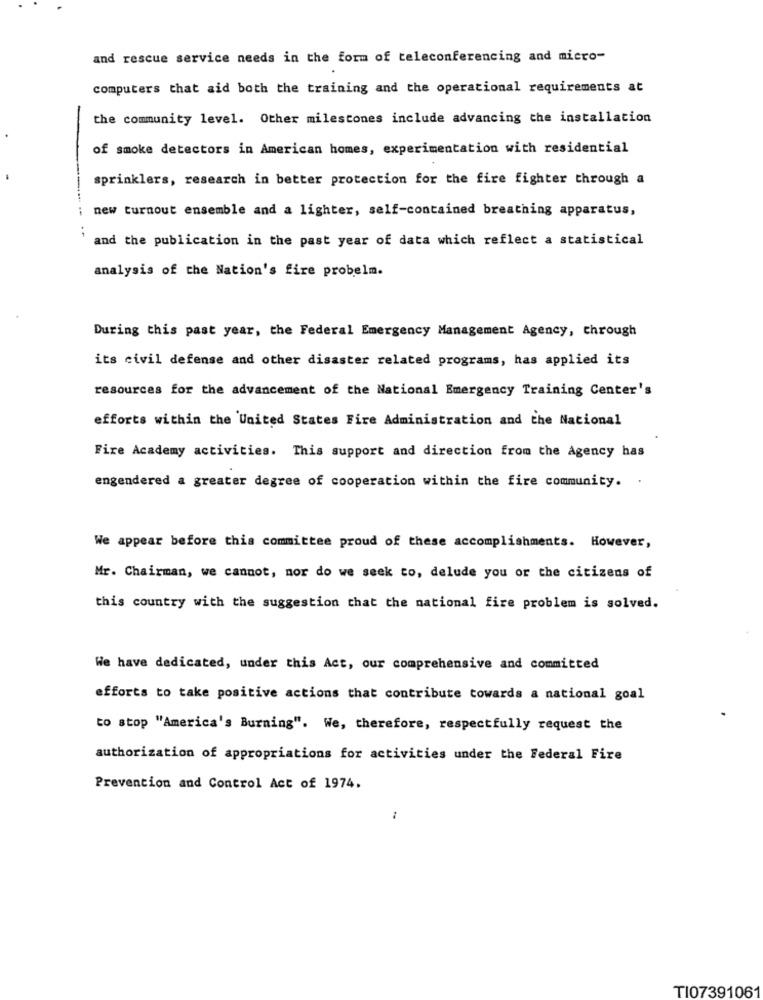
and rescue service needs in the form of teleconferencing and micro-
computers that aid both the training and the operational requirements at
the community level. Other milestones include advancing the installation
of smoke detectors in American homes, experimentation with residential
sprinklers, research in better protection for the fire fighter through a
new turnout ensemble and a lighter, self-contained breathing apparatus,
and the publication in the past year of data which reflect a statistical
analysis of the Nation's fire probelm.
During this past year, the Federal Emergency Management Agency, through
its civil defense and other disaster related programs, has applied its
resources for the advancement of the National Emergency Training Center's
efforts within the United States Fire Administration and the National
Fire Academy activities. This support and direction from the Agency has
engendered a greater degree of cooperation within the fire community. .
We appear before this committee proud of these accomplishments. However,
Mr. Chairman, we cannot, nor do we seek to, delude you or the citizens of
this country with the suggestion that the national fire problem is solved.
We have dedicated, under this Act, our comprehensive and committed
efforts to take positive actions that contribute towards a national goal
to stop "America's Burning". We, therefore, respectfully request the
authorization of appropriations for activities under the Federal Fire
Prevention and Control Act of 1974.
TI07391061